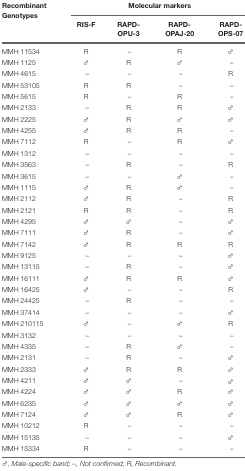
<table><thead><tr><td><b>Recombinant Genotypes</b></td><td colspan="4"><b>Molecular markers</b></td></tr><tr><td></td><td><b>RIS-F</b></td><td><b>RAPD-OPU-3</b></td><td><b>RAPD-OPAJ-20</b></td><td><b>RAPD-OPS-07</b></td></tr></thead><tbody><tr><td>MMH 11534</td><td>R</td><td>–</td><td>R</td><td>♂</td></tr><tr><td>MMH 1125</td><td>♂</td><td>R</td><td>♂</td><td>–</td></tr><tr><td>MMH 4615</td><td>–</td><td>–</td><td>–</td><td>R</td></tr><tr><td>MMH 53105</td><td>R</td><td>R</td><td>–</td><td>–</td></tr><tr><td>MMH 5615</td><td>R</td><td>–</td><td>R</td><td>–</td></tr><tr><td>MMH 2133</td><td>–</td><td>R</td><td>R</td><td>♂</td></tr><tr><td>MMH 2225</td><td>♂</td><td>R</td><td>♂</td><td>♂</td></tr><tr><td>MMH 4255</td><td>♂</td><td>R</td><td>R</td><td>–</td></tr><tr><td>MMH 7112</td><td>R</td><td>–</td><td>R</td><td>♂</td></tr><tr><td>MMH 1312</td><td>–</td><td>–</td><td>–</td><td>–</td></tr><tr><td>MMH 3563</td><td>–</td><td>R</td><td>–</td><td>R</td></tr><tr><td>MMH 3615</td><td>–</td><td>–</td><td>♂</td><td>–</td></tr><tr><td>MMH 1115</td><td>♂</td><td>R</td><td>♂</td><td>–</td></tr><tr><td>MMH 2112</td><td>♂</td><td>R</td><td>–</td><td>R</td></tr><tr><td>MMH 2121</td><td>R</td><td>R</td><td>–</td><td>R</td></tr><tr><td>MMH 4295</td><td>♂</td><td>♂</td><td>–</td><td>♂</td></tr><tr><td>MMH 7111</td><td>♂</td><td>R</td><td>–</td><td>♂</td></tr><tr><td>MMH 7142</td><td>♂</td><td>R</td><td>R</td><td>R</td></tr><tr><td>MMH 9125</td><td>–</td><td>–</td><td>–</td><td>♂</td></tr><tr><td>MMH 13115</td><td>–</td><td>R</td><td>–</td><td>♂</td></tr><tr><td>MMH 16111</td><td>♂</td><td>R</td><td>R</td><td>♂</td></tr><tr><td>MMH 16425</td><td>♂</td><td>–</td><td>–</td><td>R</td></tr><tr><td>MMH 24425</td><td>–</td><td>R</td><td>–</td><td>–</td></tr><tr><td>MMH 37414</td><td>–</td><td>–</td><td>–</td><td>♂</td></tr><tr><td>MMH 210115</td><td>♂</td><td>–</td><td>♂</td><td>R</td></tr><tr><td>MMH 3132</td><td>–</td><td>–</td><td>–</td><td>–</td></tr><tr><td>MMH 4335</td><td>–</td><td>R</td><td>♂</td><td>–</td></tr><tr><td>MMH 2131</td><td>–</td><td>R</td><td>–</td><td>♂</td></tr><tr><td>MMH 2333</td><td>♂</td><td>R</td><td>R</td><td>♂</td></tr><tr><td>MMH 4211</td><td>♂</td><td>♂</td><td>–</td><td>♂</td></tr><tr><td>MMH 4224</td><td>♂</td><td>♂</td><td>R</td><td>♂</td></tr><tr><td>MMH 6235</td><td>♂</td><td>♂</td><td>♂</td><td>♂</td></tr><tr><td>MMH 7124</td><td>♂</td><td>♂</td><td>R</td><td>♂</td></tr><tr><td>MMH 10212</td><td>R</td><td>–</td><td>–</td><td>–</td></tr><tr><td>MMH 15135</td><td>–</td><td>–</td><td>–</td><td>♂</td></tr><tr><td>MMH 15334</td><td>R</td><td>–</td><td>–</td><td>–</td></tr></tbody></table>